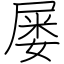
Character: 屡